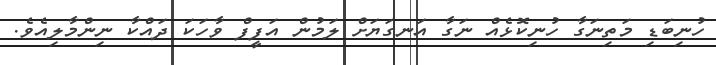
ހުނިބަޑި މަތިނަގާ ހުނިކޮޅެއް ނަގާ އަނގަޔަށް ލަމުން އަފީފް ވާހަކަ ދައްކާ ނިންމާލިއެވެ.